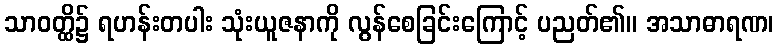
သာဝတ္ထိ၌ ရဟန်းတပါး သုံးယူဇနာကို လွန်စေခြင်းကြောင့် ပညတ်၏။ အသာဓာရဏ၊